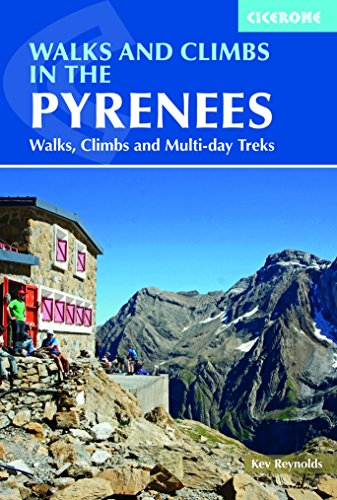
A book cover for Walks and Climbs in the Pyrenees: Walks, Climbs and Multi-day Tours (Cicerone Guidebooks); Kev Reynolds; Sports & Outdoors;